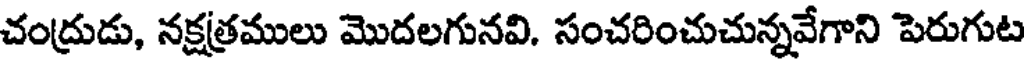
చంద్రుడు, నక్షత్రములు మొదలగునవి. సంచరించుచున్నవేగాని పెరుగుట